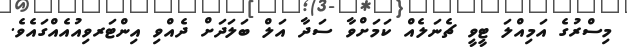
މިސްރުގެ އަމިއްލަ ޓީވީ ޗެނަލެއް ކަމަށްވާ ސަދާ އަލް ބަލަދަށް ދެއްވި އިންޓަރވިއުއެއްގައެވެ.